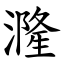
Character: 漋